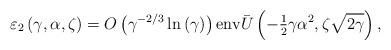
LaTeX: \begin{align*}\varepsilon_{2}\left( {\gamma,\alpha,\zeta}\right) ={O}\left({\gamma^{-2/3}\ln\left( \gamma\right) }\right) {\operatorname{env}}\bar{{U}}\left( {-{\tfrac{1}{2}}\gamma\alpha^{2},\zeta\sqrt{2\gamma}}\right) ,\end{align*}